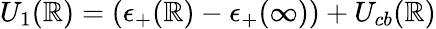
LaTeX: U_{1}(\mathbb{R})=(\epsilon_{+}(\mathbb{R})-\epsilon_{+}(\infty))+U_{cb}(\mathbb{R})